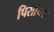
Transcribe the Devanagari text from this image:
पिसांच्या